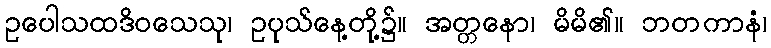
ဥပေါသထဒိဝသေသု၊ ဥပုသ်နေ့တို့၌။ အတ္တနော၊ မိမိ၏။ ဘတကာနံ၊